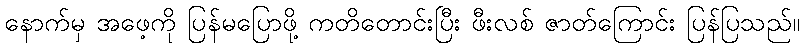
နောက်မှ အဖေ့ကို ပြန်မပြောဖို့ ကတိတောင်းပြီး ဖီးလစ် ဇာတ်ကြောင်း ပြန်ပြသည်။